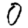
Digit: 0